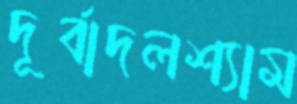
দূর্বাদলশ্যাম